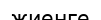
жиенге